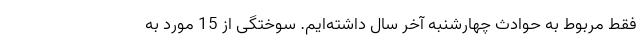
فقط مربوط به حوادث چهارشنبه آخر سال داشته‌ایم. سوختگی از 15 مورد به